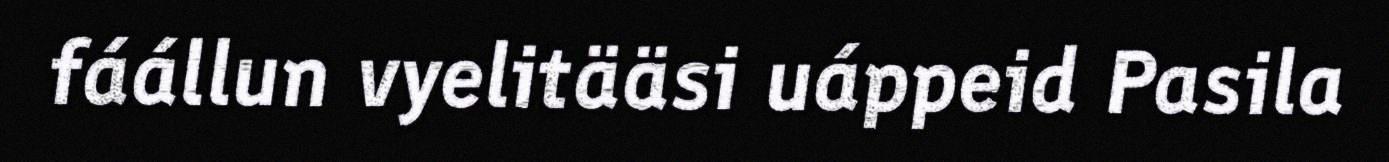
fáállun vyelitääsi uáppeid Pasila